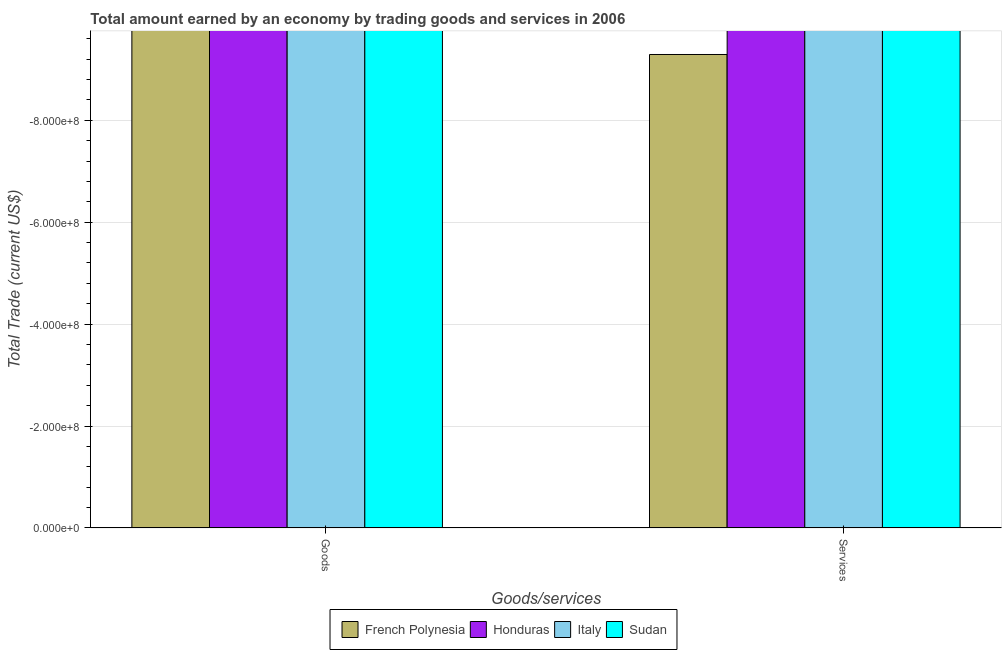
| Goods/services | French Polynesia | Honduras | Italy | Sudan |
 | --- | --- | --- | --- | --- |
 | Goods | -1.41e+09 | -3.11e+09 | -1.28e+10 | -1.45e+09 |
 | Services | -9.29e+08 | -2.32e+09 | -1.4e+10 | -3.7e+09 |